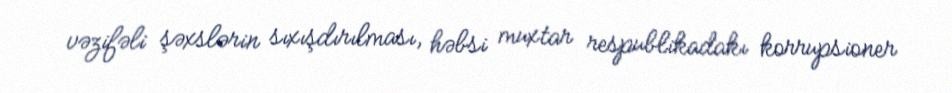
vəzifəli şəxslərin sıxışdırılması, həbsi muxtar respublikadakı korrupsioner